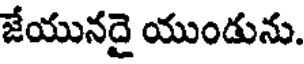
జేయునదై యుండును.